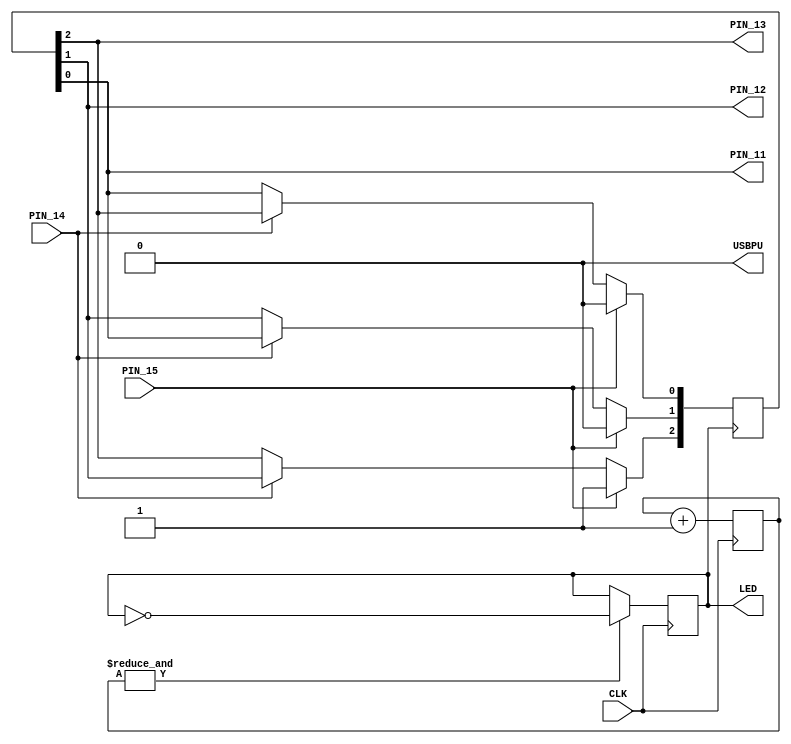
// look in pins.pcf for all the pin names on the TinyFPGA BX board
module top (
    input CLK,    // 16MHz clock
    input PIN_15,   // RESET button
    input PIN_14,   // SHIFT button
    output PIN_11,  // LED 1
    output PIN_12,  // LED 2
    output PIN_13,  // LED 3
    output LED,   // User/boot LED next to power LED
    output USBPU  // USB pull-up resistor
);
    // drive USB pull-up resistor to '0' to disable USB
    assign USBPU = 0;

    // ready for for loop
    integer i;

    // human readable
    wire RESET_BUTTON = PIN_15;
    wire SHIFT_BUTTON = PIN_14;
    wire LED_0 = PIN_11;
    wire LED_1 = PIN_12;
    wire LED_2 = PIN_13;

    ////////
    // shift/rotate a single value through a shift register
    ////////

    // clock clock_divider
    reg [20:0] clock_divider;

    reg clock_led;

    // current values in shift register
    reg [2:0] blink_counter;

    // pattern that will be injected into the shift register when reset
    wire [2:0] reset_pattern = 3'b100;

    // divide the clock
    always @(posedge CLK) begin
        clock_divider <= clock_divider + 1;

        if (1 == &clock_divider) begin
          clock_led = ~clock_led;
        end
    end

    always @(posedge clock_led) begin
      if (RESET_BUTTON) begin
        blink_counter <= reset_pattern;
      end else if(SHIFT_BUTTON) begin
        for (i=0; i<3; i = i + 1) begin
          blink_counter[ (i+1) % 3 ] <= blink_counter[ i ];
        end
      end
    end

    // light up the LEDs according to the shift pattern
    assign PIN_11 = blink_counter[0];
    assign PIN_12 = blink_counter[1];
    assign PIN_13 = blink_counter[2];

    // light up LED using clock_divider
    assign LED = clock_led;

endmodule